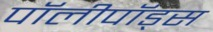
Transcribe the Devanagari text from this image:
पॉलीपॉड्स